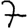
Digit: 7